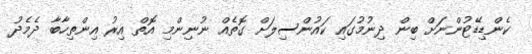
ކެންޑިޑޭޓުންނަށް ބިން ދިނުމުގައި ކައުންސިލަށް ގޮތެއް ނުނިންމި އޮތް އިރު އިންތިހާބާ ދެމެދު